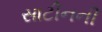
સાટીનની